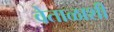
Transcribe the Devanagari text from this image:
वेताळाशी